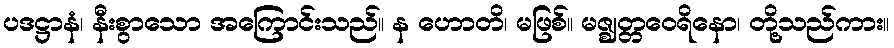
ပဒဋ္ဌာနံ၊ နီးစွာသော အကြောင်းသည်။ န ဟောတိ၊ မဖြစ်။ မဇ္ဈတ္တဝေရိနော၊ တို့သည်ကား။